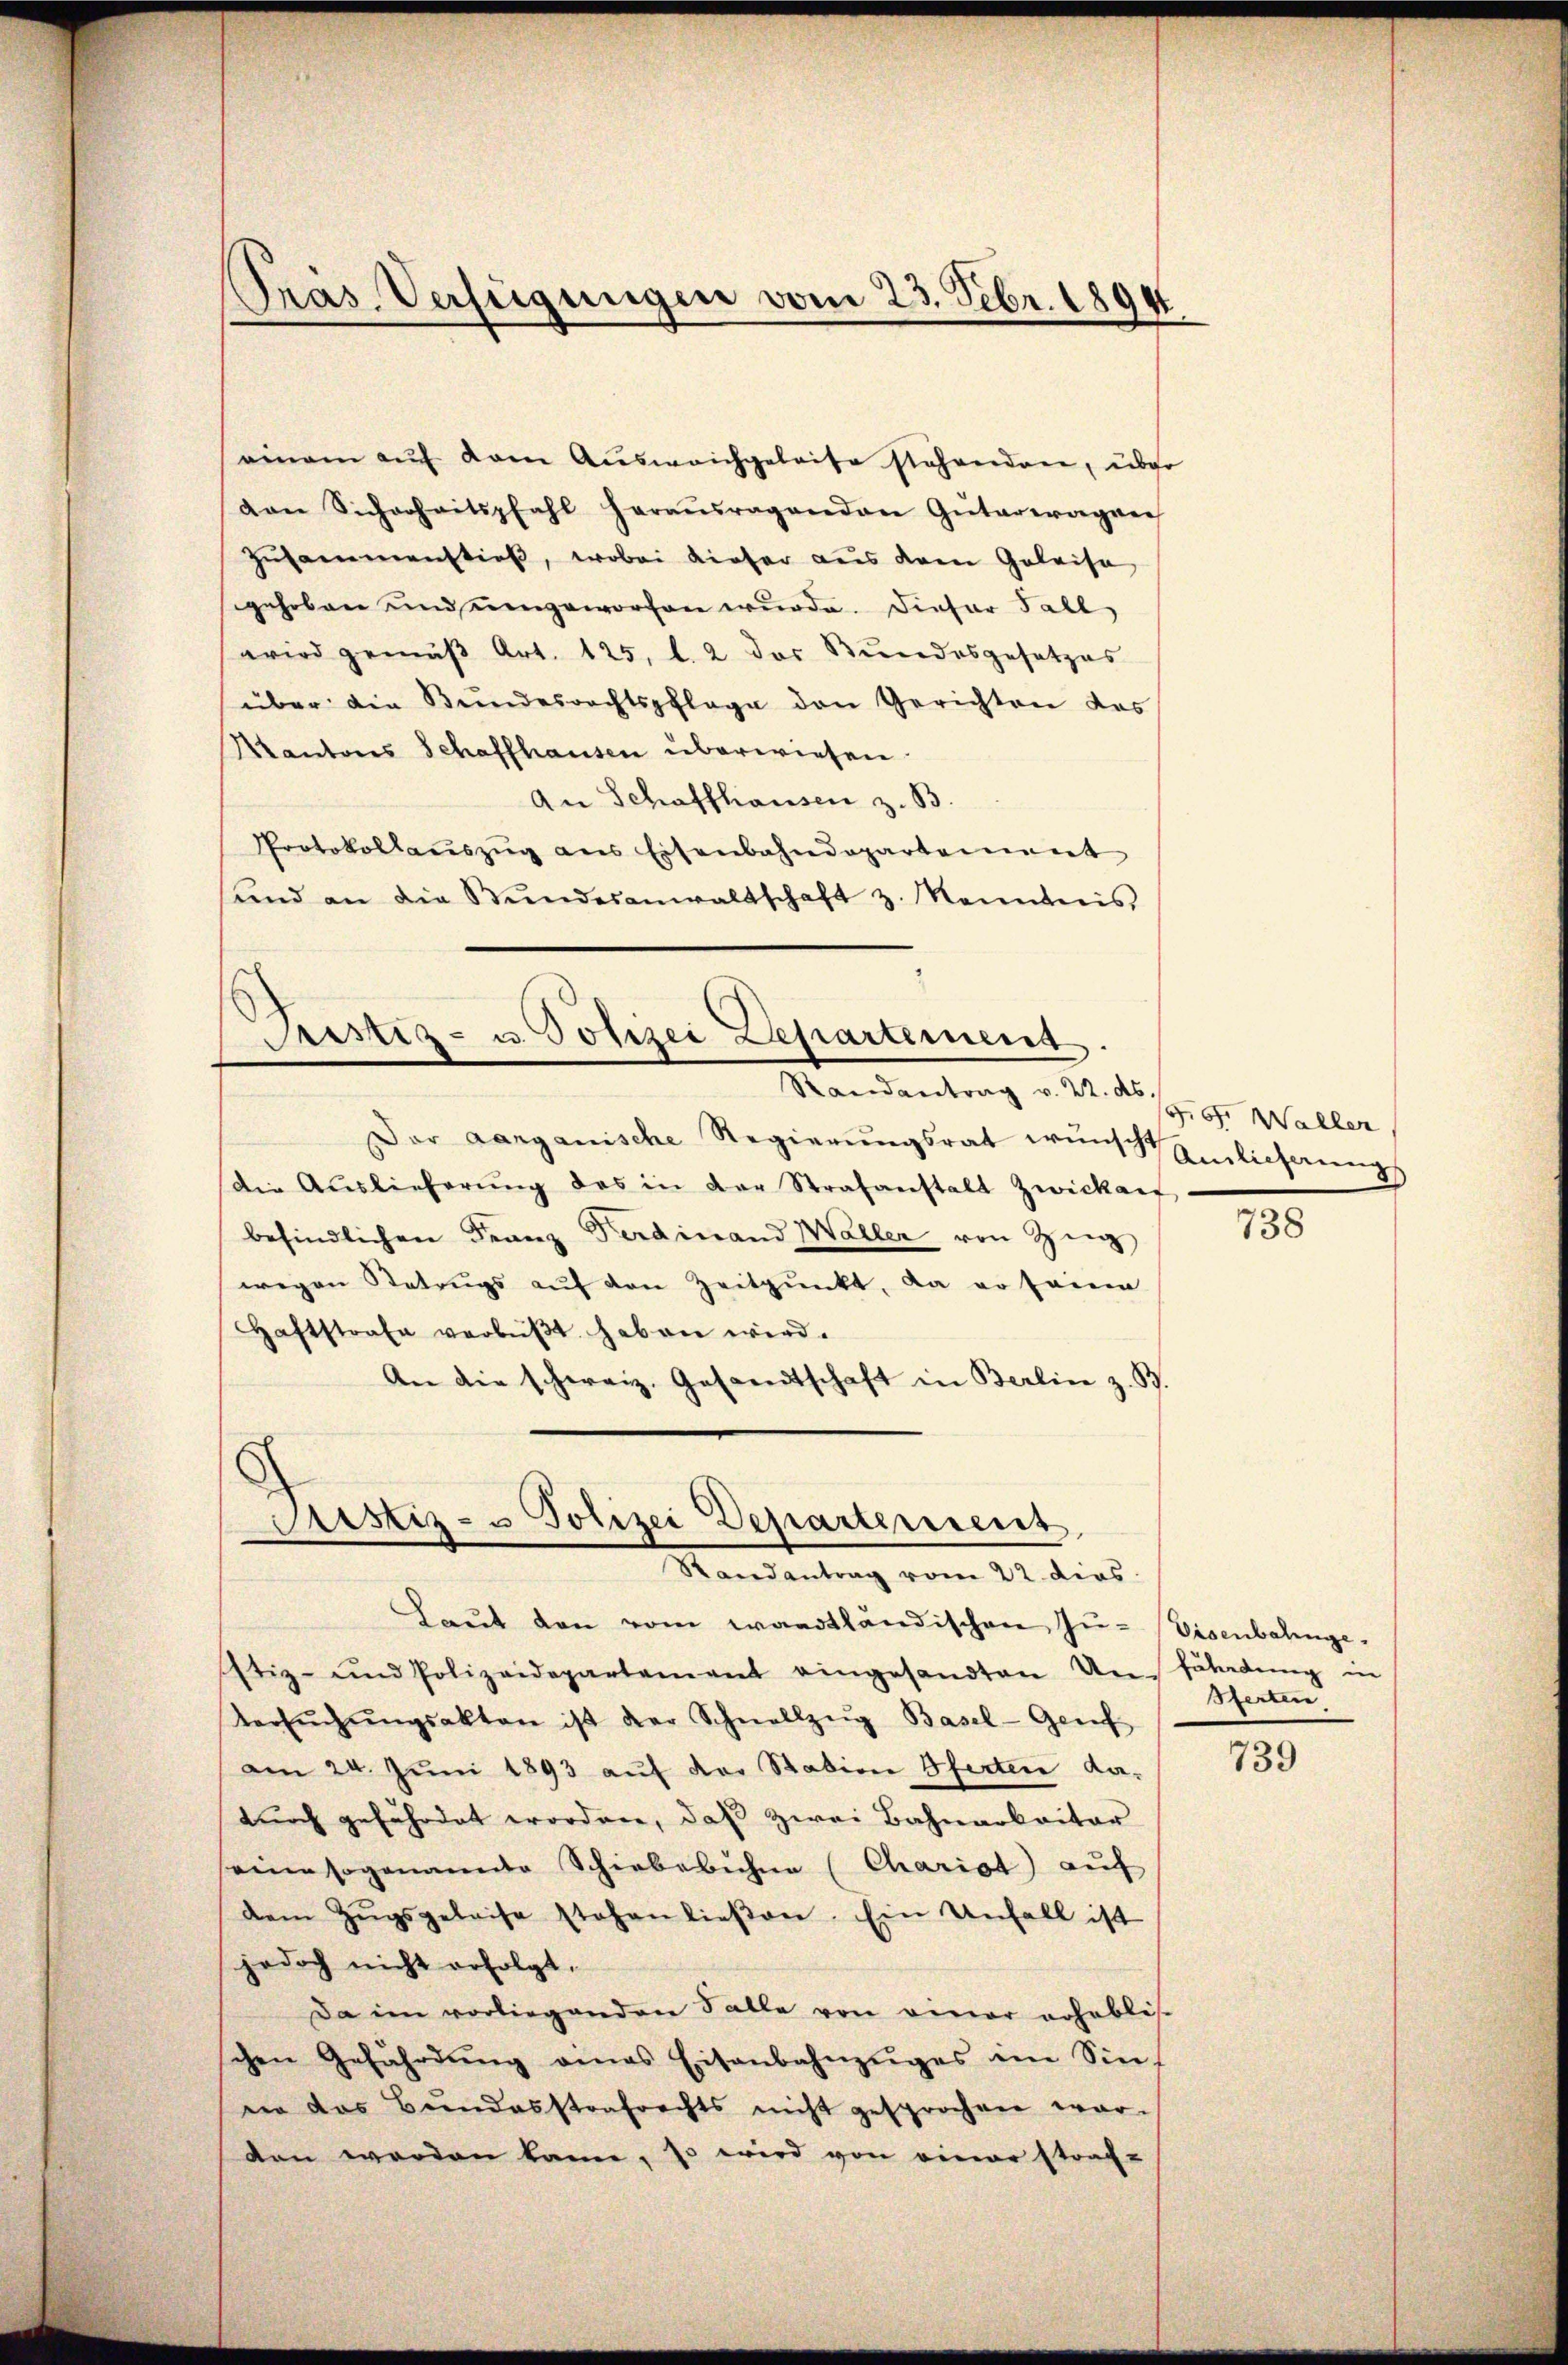
einem aŭf dem Aŭsweichgeleise stehenden, über
van Sicherheitspfahl heraŭsragenden Güterwagner
Zusammenstieß, wobei dieser aus dem Geleise
gehoben und eingeworfen wurde. Dieser Fall
wird gemäβ Art. 125, l. 2 des Bundesgesetzes
über die Bundesrechtspflage den Gerichten das
Kantons Schaffhausen überwiesen.
An Schaffhausen z. B.
Protokollauszug aus Eisenbahndepartement
sund an die Stŭndesanwaltschaft z. Kenntnis

Pras Verfügungen vom 23. Febr. 1894

Perstiz- u. Polizei Departement.

Mandantrag v. M. D. S. 97. Waller
Der aarganische Regierŭngsrat wünsch Einlicherungs
Die Auslieferŭng des in der Strafanstalt Zwickart
befindlichen Franz Ferdinand Waller von Zingg
wegen Betrugs auf den Zeitpunkt, da er seine
haftstrafe verbüβt haben wird.
An die schweiz. Gesandtschaft in Berlin z. B.

Astiz- u Polizei Departement
Randantrag vom 22. dies

Laŭt den vom waadtländischen Zu-Eisenbahngestiz- und Polizeidepartement eingesandten Anfäladŭng in
Versŭchŭngsakten ist der Schnellzeig Basel- Genf
am 24. Juni 1893 auf der Station Pferten da-
durch gefährdet worden, daß zwei Bahnarbeiter
seine sogenannte Schiebebühne Charist auf
dem Zŭgsgeleise stehenlieβen. Ein Unfall ist
jedoch nicht erfolgt,
Da im vorliegenden Falle von einer erhablis-
chen Gefährdŭng eines Eisenbahnzŭges im Sin
ne das Bundesstrafrechts nicht gesprochen war.
den werden kann, so wird von einer straf-

738

Serten

739